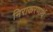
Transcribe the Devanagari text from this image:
निराकरणार्थ